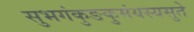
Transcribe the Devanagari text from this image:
सुभगंकुङकुमंयस्यसुते